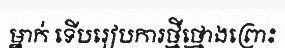
ម្នាក់ ទើបរៀបការថ្មីថ្មោងព្រោះ